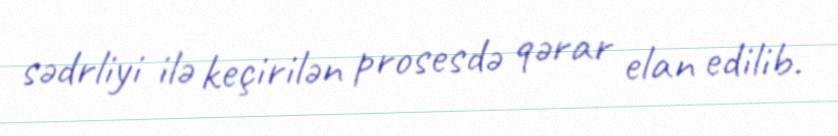
sədrliyi ilə keçirilən prosesdə qərar elan edilib.